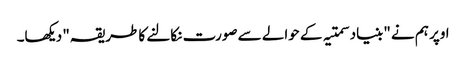
اوپر ہم نے "بنیاد سمتیہ کے حوالے سے صورت نکالنے کا طریقہ" دیکھا۔